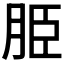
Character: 𦚠